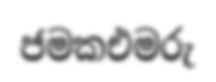
ජමකඑමරු